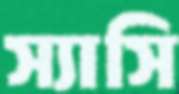
স্যাসি